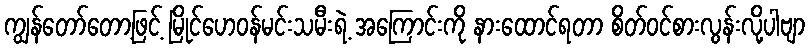
ကျွန်တော်တော့ဖြင့် မြိုင်ဟေဝန်မင်းသမီးရဲ့ အကြောင်းကို နားထောင်ရတာ စိတ်ဝင်စားလွန်းလို့ပါဗျာ